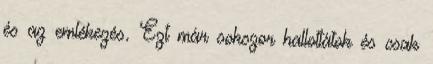
és az emlékezés. Ezt már sokszor hallottátok és csak